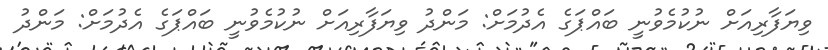
ވިޔަފާރިއަށް ނުކުމެވުނީ ބައްޕަގެ އެދުމަށް: މަންދު ވިޔަފާރިއަށް ނުކުމެވުނީ ބައްޕަގެ އެދުމަށް: މަންދު